Trukikaitis_Postimees, lk 44
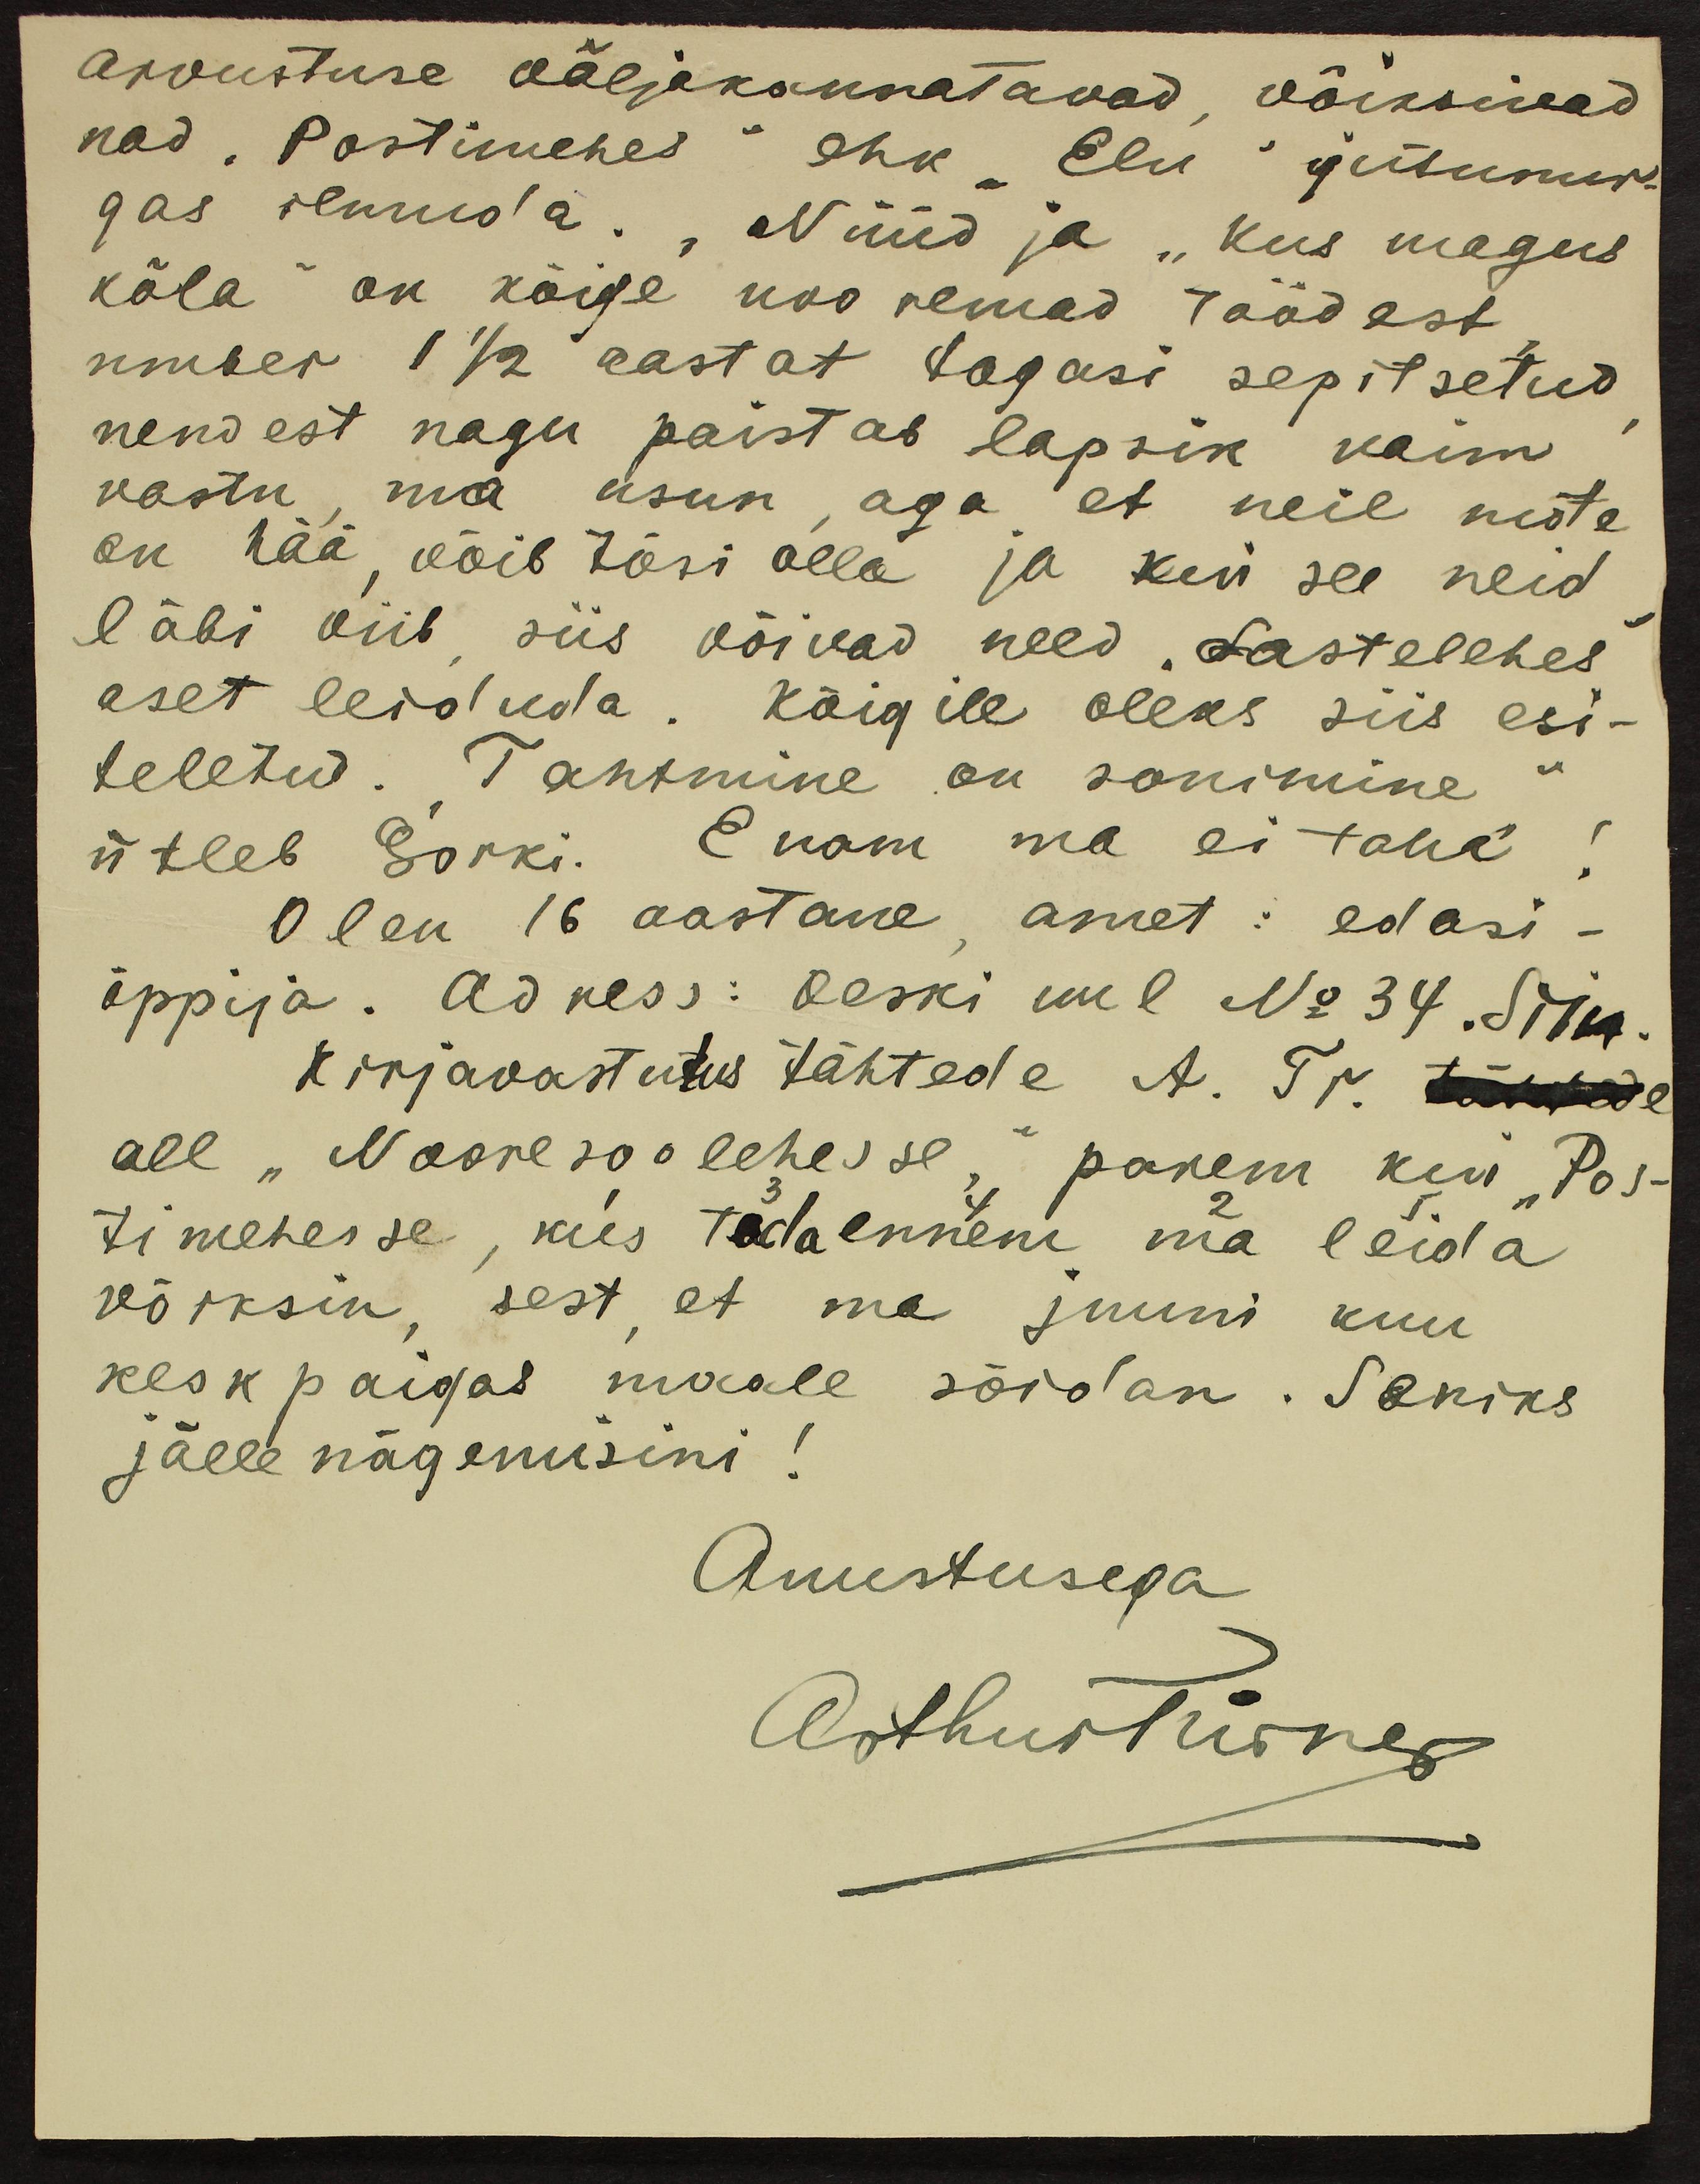
arvustuse väljakannatavad, võiksiwad
nad "Postimehes" ehk "Elu ja isunur-
gas ilmuda. Nüüd ja "kus magus
kõla" on kõige nooremad töödest
umbes 1 1/2 aastat tagasi sepitsetud
nendest nagu paistab lapsik vaim
vastu, ma usun, aga et neil mõte
on hää, võib tõsi olla ja kui see neid
läbi viib, siis võivad need "Lastelehes
aset leiduda. Kõigile oleks siis esi-
teletud. "Tahtmine on sonimine"
ütleb Gorki. Enam ma ei taha!
Olen 16 aastane, amet : edasi-
õppija. Adress: Veski uul No 34. Siin
kirjavastutus tähtede A. Tr.
all "Nooresoo lehesse" parem kui "Pos-
timehesse, kus teda ennem ma leida
võiksin, sest, et ma juuni kuu
keskpaigas maale sõidan. Seniks
jälle nägemisini!
Auustusega
Arthurtsime